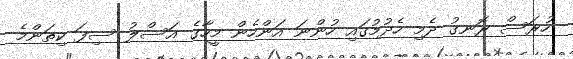
ހުރަސް ރޮނގު ދެމި ހެދުމުގައި ހުންނަ އަންހެން މީހާގެ އަސްލު ސިފަ ކިތަންމެ